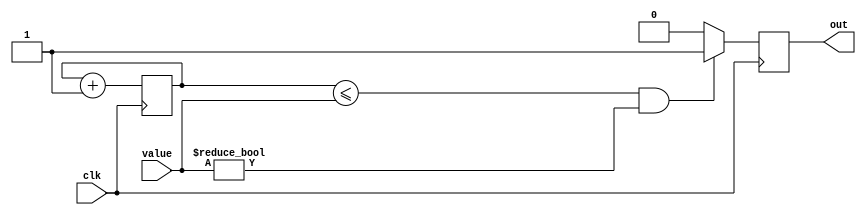
module LedPWM(
    input clk,
    input [7:0] value,
    output out
    );

reg [7:0]    PWMCounter;
reg            outreg;
always @(posedge clk)
begin
        if(PWMCounter <= value & value != 0)
            outreg <= 1;
        else
            outreg <= 0;
            
        PWMCounter <= PWMCounter+1;
end

assign out = outreg;
endmodule